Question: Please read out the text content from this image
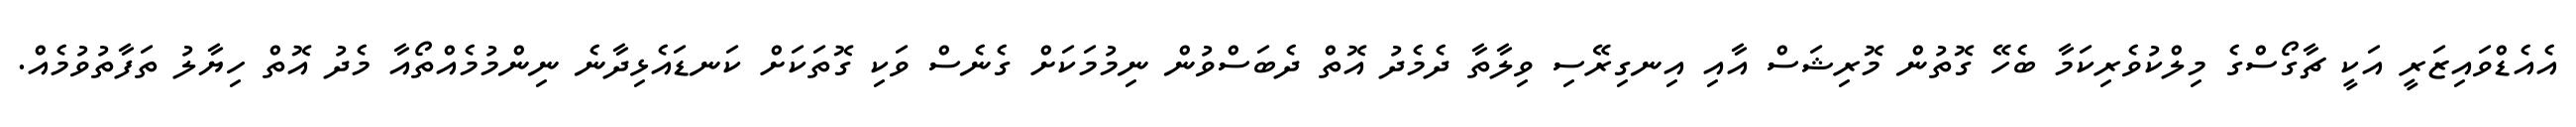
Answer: އެއެޑްވައިޒަރީ އަކީ ޗާގޯސްގެ މިލްކުވެރިކަމާ ބެހޭ ގޮތުން މޮރިޝަސް އާއި އިނގިރޭސި ވިލާތާ ދެމެދު އޮތް ދެބަސްވުން ނިމުމަކަށް ގެނެސް ވަކި ގޮތަކަށް ކަނޑައެޅިދާނެ ނިންމުމެއްތޯއާ މެދު އޮތް ހިޔާލު ތަފާތުވުމެއް.